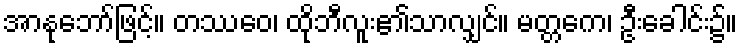
အာနုဘော်ဖြင့်။ တဿေဝ၊ ထိုဘီလူး၏သာလျှင်။ မတ္တကေ၊ ဦးခေါင်း၌။